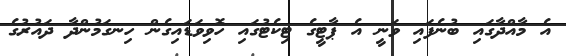
އެ މާއްދާގައި ބުނެފައި ވަނީ އެ ޕާޓީގެ ޓިކެޓުގައި ހޮވިވަޑައިގެން ހިނގަމުންދާ ދައުރުގެ